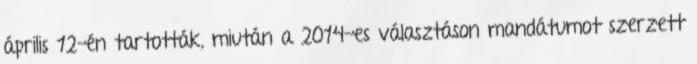
április 12-én tartották, miután a 2014-es választáson mandátumot szerzett